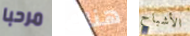
مرحبا هناك الأشباح